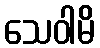
သေဝါမိ